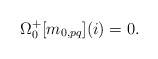
\begin{align*}\Omega^{+}_{0}[m_{0,pq}](i)=0.\end{align*}